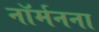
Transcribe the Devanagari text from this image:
नॉर्मनना